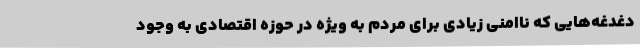
دغدغه‌هایی که ناامنی زیادی برای مردم به ویژه در حوزه اقتصادی به وجود